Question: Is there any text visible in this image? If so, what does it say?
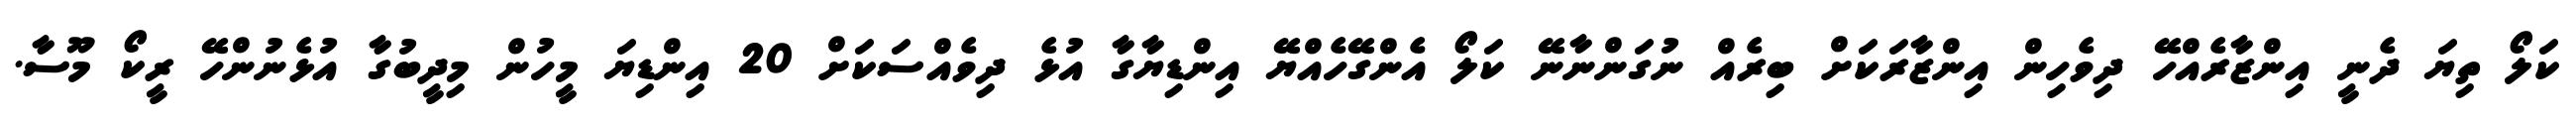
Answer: ކަލޯ ތިޔަ ދެނީ އިންޒާރެއްހޭ ދިވެހިން އިންޒާރަކަށް ބިރެއް ނުގަންނާނޭ ކަލޯ އެންގޭހެއްޔޭ އިންޑިޔާގާ އުޅެ ދިވެއްސަކަށް 20 އިންޑިޔަ މީހުން މިދީބުގާ އުޅެނުންހޭ ރީކޯ މޫސާ.